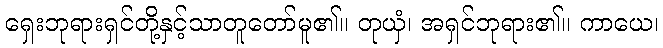
ရှေးဘုရားရှင်တို့နှင့်သာတူတော်မူ၏။ တုယှံ၊ အရှင်ဘုရား၏။ ကာယေ၊